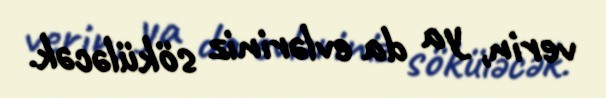
verin, ya da evləriniz söküləcək.